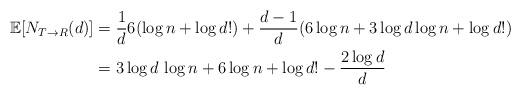
LaTeX: \begin{align*}\mathbb{E}[N_{T\to R}(d)]&=\frac{1}{d}6(\log n+\log d!)+\frac{d-1}{d}(6\log n+3\log d\log n+\log d!)\\&=3\log d \, \log n+6\log n+\log d!-\frac{2\log d}{d}\end{align*}